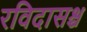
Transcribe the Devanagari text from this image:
रविदासश्च